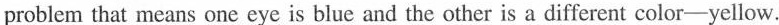
problem that means onc eye is blue and the other is a different color-yellow.